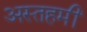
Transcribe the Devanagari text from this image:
अस्तहमीं